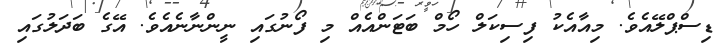
ޑިސްޕްލޭއެވެ. މިއާއެކު ފިސިކަލް ހޯމް ބަޓަންއެއް މި ފޯނުގައި ނީންނާނެއެވެ. އޭގެ ބަދަލުގައި